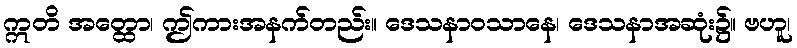
ဣတိ အတ္ထော၊ ဤကားအနက်တည်း။ ဒေသနာဝသာနေ၊ ဒေသနာအဆုံး၌။ ဗဟူ၊